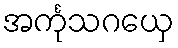
အင်္ကုသဂယှေ